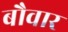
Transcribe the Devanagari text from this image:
बौवार